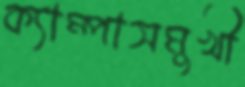
ক্যাম্পাসমুখী